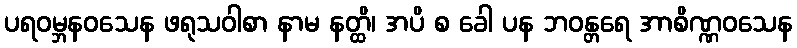
ပရဝမ္ဘနဝသေန ဖရုသဝါစာ နာမ နတ္ထိ၊ အပိ စ ခေါ ပန ဘဝန္တရေ အာစိဏ္ဏဝသေန